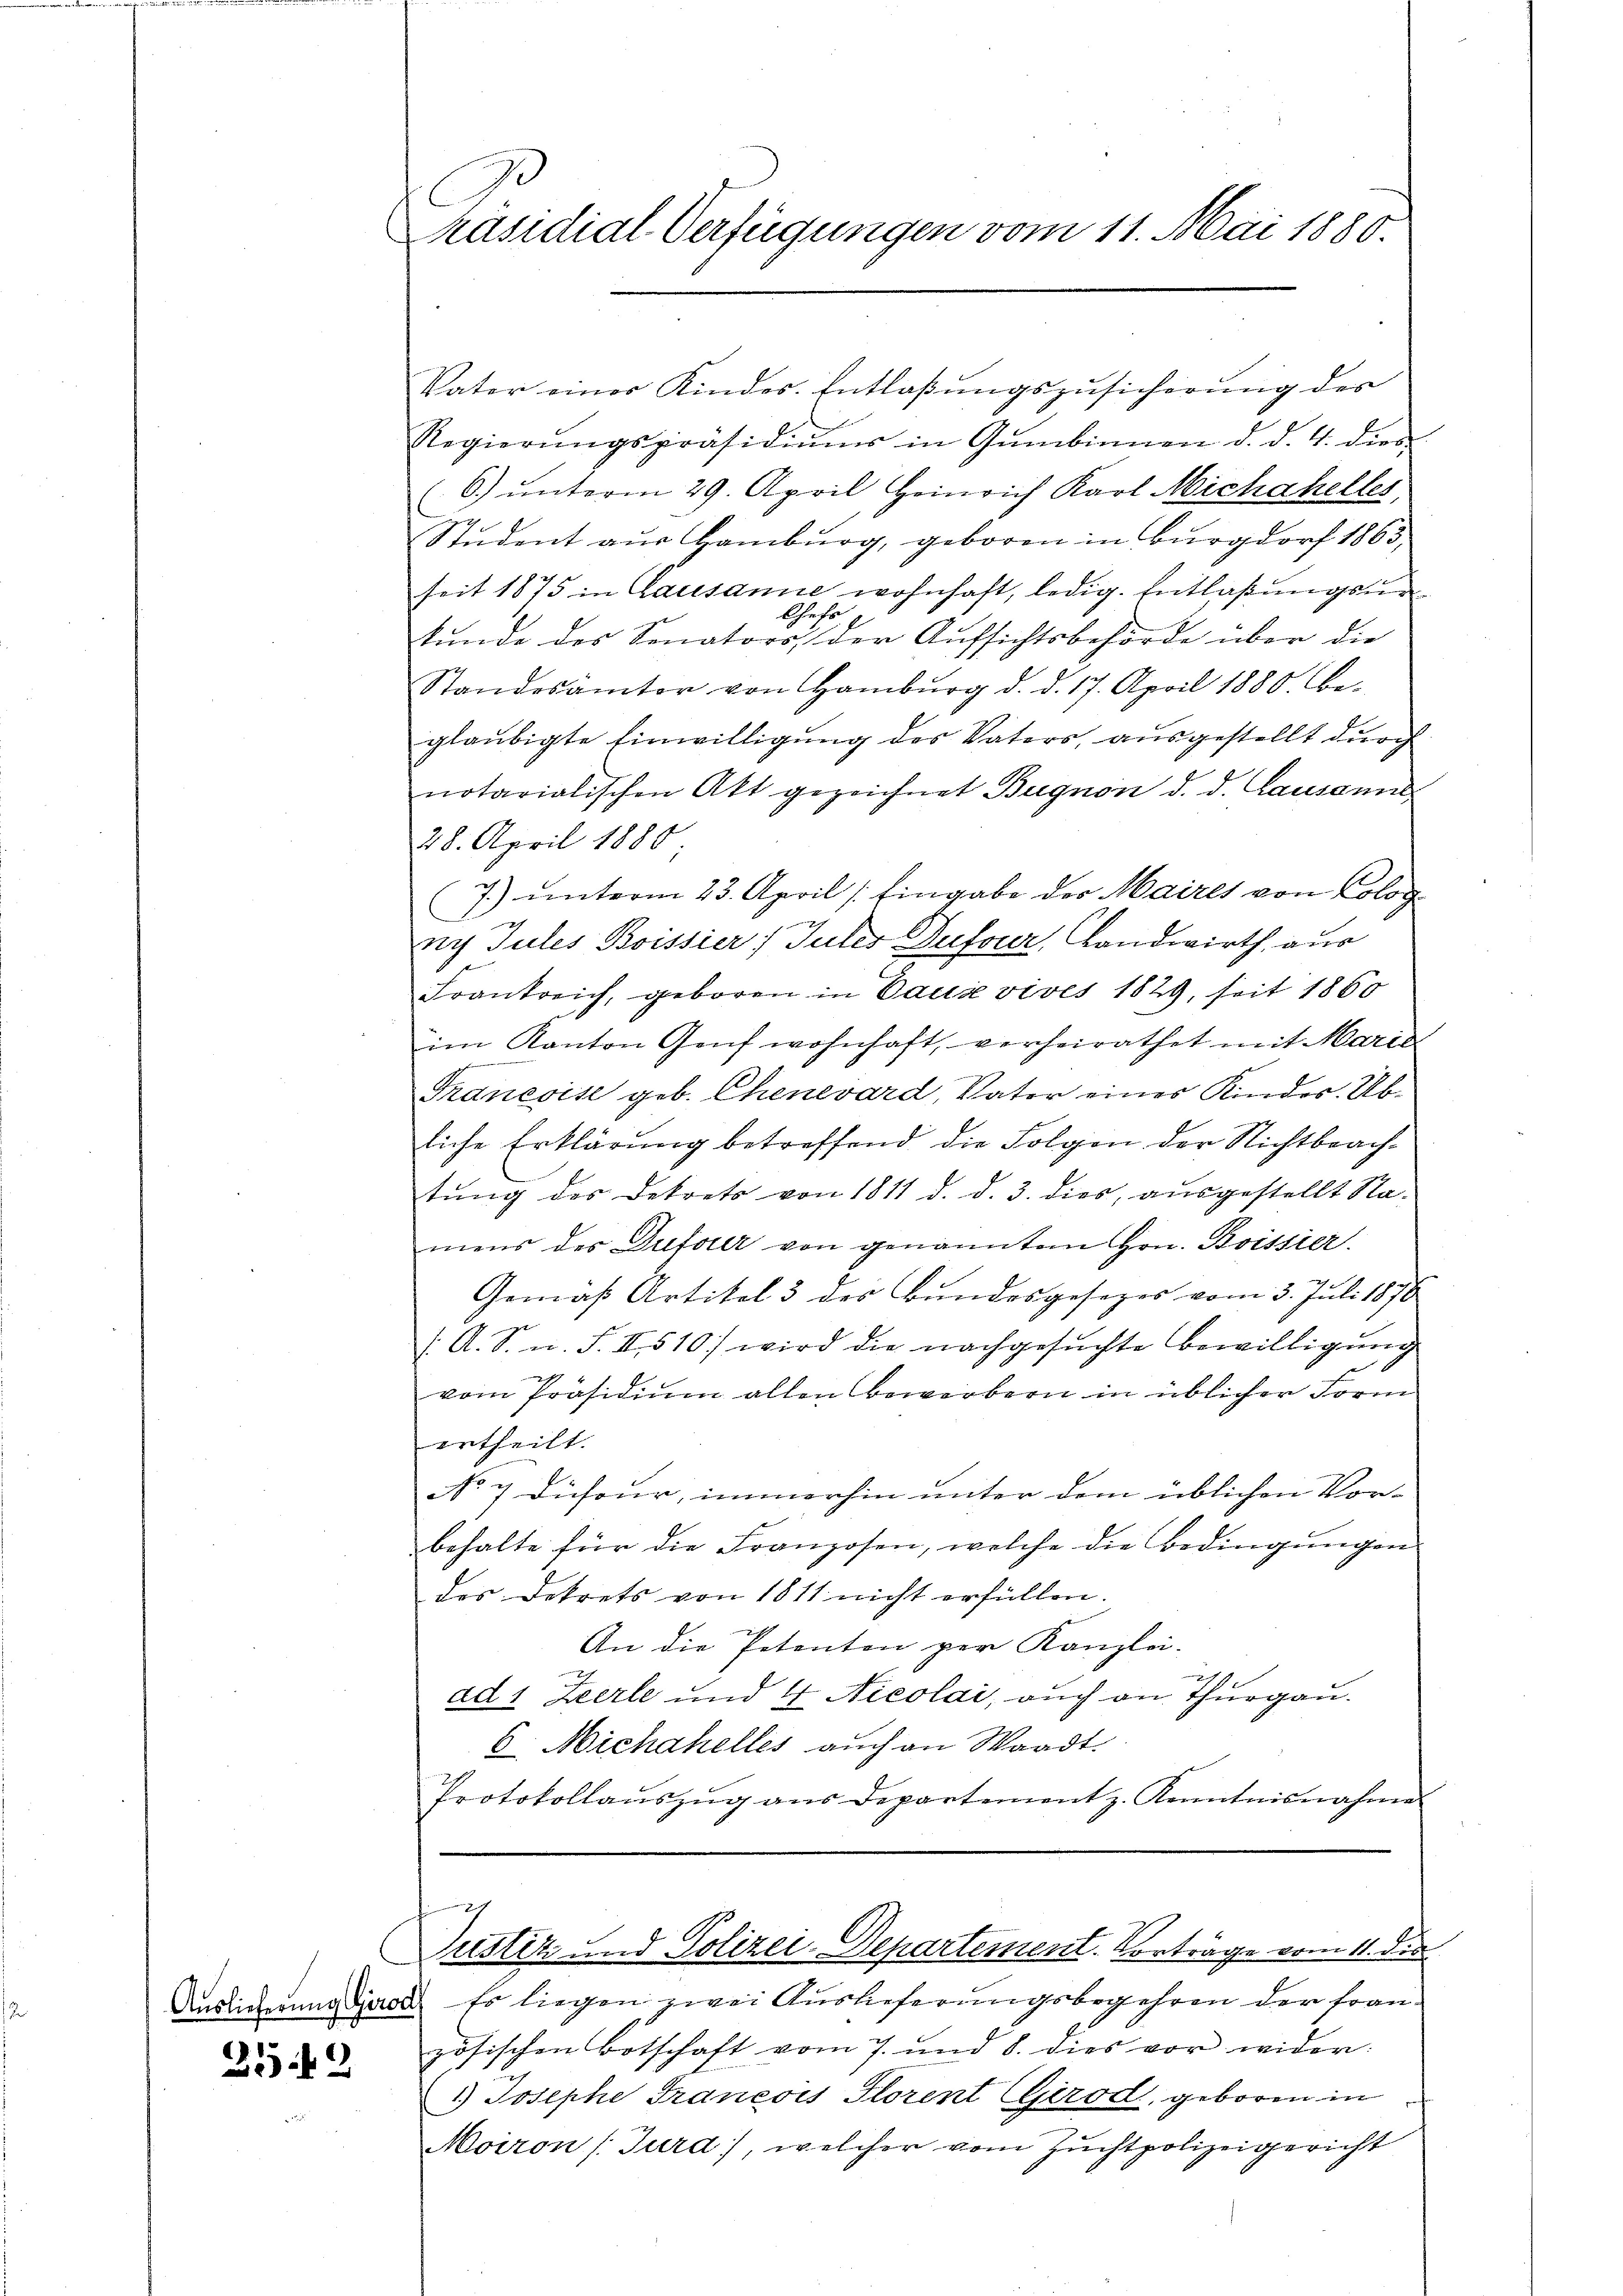
Auslieferung Girod

259

Präsidial-Verfügungen vom 11. Mai 1880.

Vater einer Kindes. Entlaβŭngszŭsicherŭng der
Regierŭngspräsidiŭms in Gŭmbinnen d. d. 4. dies
(6.) unterm 29. April Heinrich Karl Michahelles,
Student aus Hamburg, geboren in Burgdorf 1865,
seit 1875 in Lausanne wohnhaft, ledig. Entlaßungsurhr
A
kŭnde des Senators, der Aufsichtsbehörde über die
Standesamter von Hamburg d. d. 17. April 1880. be-
glaubigte Einwilligung des Vaters, ausgestellt durch
notarialischen Akt gezeichnet Bugnon d. d. Lausanne
28. April 1880
7.) unterm 23. April [Eingabe des Maires von Colog
rich Jules Boissier/ Tuter Dufour, landwirth, aus
Frankreich, geboren in Pause vives 1829, seit 1860
im Kanton Genf wohnhaft, verheirathet mit Marie
Francoise geb. Chenevard, Vater eines Kinder. Abliche Erklärung betreffend die Folgen der Nichtbeachtŭng des Dekrets von 1811 d. d. 3. dies, aŭsgestellt Na-
mens des Dufouer von genannten Hrn. Boissier-
Gemäß Artikel 3 des Bundesgesezes vom 3. Juli 1878
/. A. S. n. F. II 510) wird die nachgesuchte Bewilligung
vom Präsidium allen Bewerbern in üblicher Form
ertheilt.
No 7 Dufour, immerhin unter dem üblichen Vor-
behalte für die Franzosen, welche die Bedingungen
des Dekrets von 1811 nicht erfüllen.
An die Petenten per Kanzlei-
.
ad 1 Zeerle und 4 Nicolai, auch an Thurgau.
6. Michahelles auch an Waadt.
Protokollaŭszŭg aŭs Departement z. Kenntnisnahme

Es liegen zwei Auslieferungsbegehren der Französischen Botschaft vom 7. und 8. dies vor wider:
1.) Josephe Traneois Storent Girod, geboren in
Moiron (Jurd), welcher vom Zuchtpolizeigericht

2
Justiz und Polizei-Departement. Vorträge vom 11. die